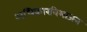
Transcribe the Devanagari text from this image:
अधिकारविभाजन